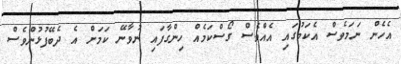
އެހެން ނަމަވެސް އެކަމުގައި އެއްވެސް ގޯސްކަމެއް ހިންގާފައި ނުވާނޭ ކަމަށް އެ ދެބޭފުޅުންވެސް